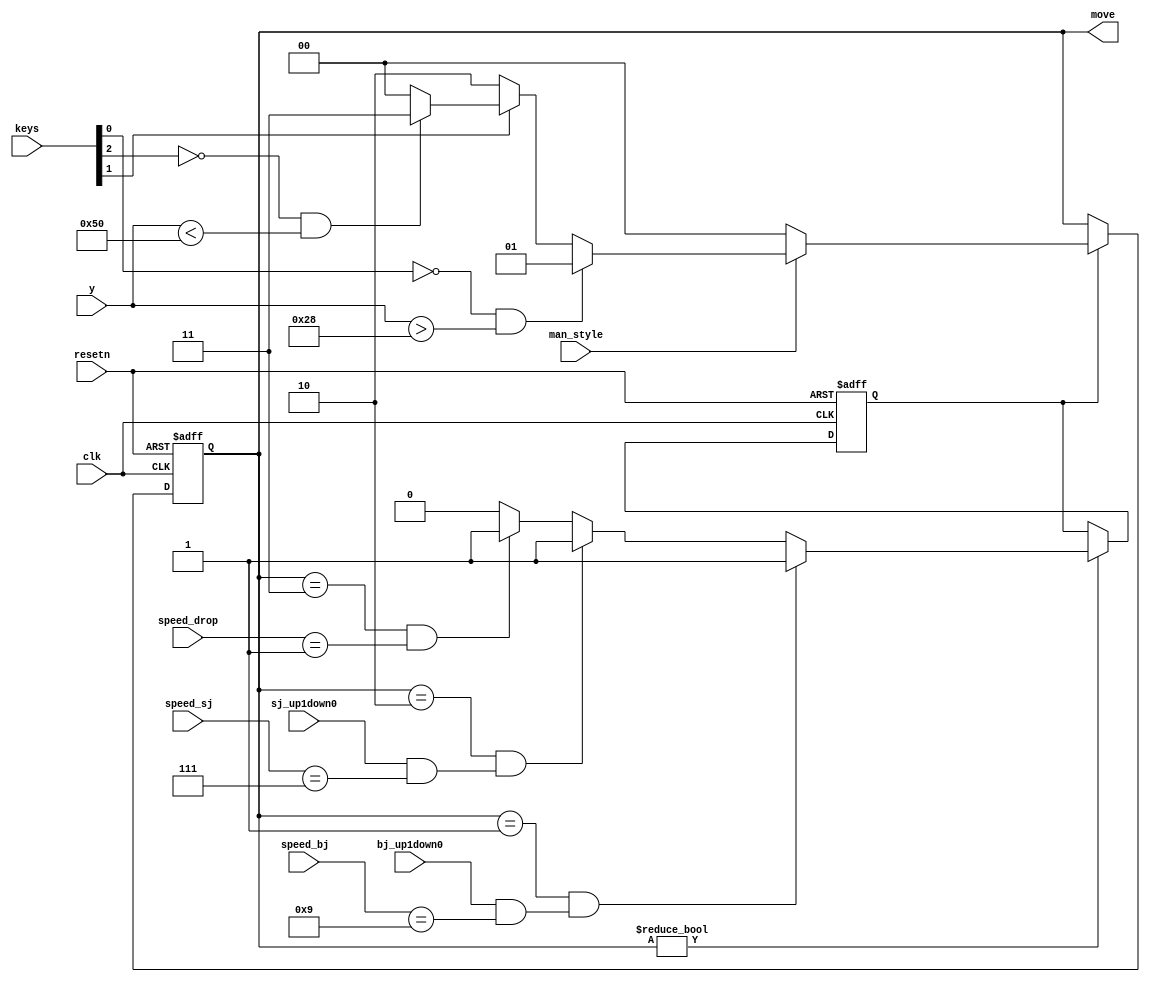
//////////////////////////////////////////////////////////////////////////////////////////////////////////////
///   move 00            nothing to do, just wait for commands.                                            ///
///        01            jump to the level above, +9 ,8,7,6,5,4,3 then -2                                  ///
///        10            jump,  +7,6,5,4,3,2,1 then -1,2,3,4,5,6,7                                         ///
///        11            drop to the level below, -1,2,3,4,6,7,8,9                                         ///
///                                                                                                        ///
///                                                                                                        ///
///                                                                                                        ///  
///                                                                                                        ///
//////////////////////////////////////////////////////////////////////////////////////////////////////////////


module decoder(input clk,
							input resetn,
							input [2:0] keys,
							input [6:0] y,
							input man_style,
							input bj_up1down0, sj_up1down0, 
							input [3:0] speed_bj,
						   input [3:0]	speed_sj,
							input [3:0] speed_drop,
							output reg [1:0] move);

			reg move_wait;
        always @(posedge clk, negedge resetn)
        begin
            if(!resetn)
                begin
                    move <= 2'b00;
                end
            else
                begin
                    if(move_wait)
                        begin
                            if(man_style) 
                                begin
                                    if(!keys[0] && y > 7'd40)
                                            begin
                                                move <= 2'b01;
                                            end
                                    else if(!keys[1])
                                            begin
                                                move <= 2'b10;
                                            end
                                    else if(!keys[2] && y < 7'd80)
                                            begin
                                                move <= 2'b11;
                                            end
												else
														begin
															move <= 2'b00;
														end
												
                                end
									else
											begin
												move <= 2'b00;
											end
                       end

                end
        end

		  
		  
        always @(posedge clk, negedge resetn)
        begin
            if(!resetn)
                begin
                    move_wait <= 1;
                end
				else if(move != 2'b00)
                begin
                            if(move == 2'b01 && ((bj_up1down0) && speed_bj == 4'd9))
                                begin
                                    move_wait <= 1;
                                end
                            else if(move == 2'b10 && ((sj_up1down0) && speed_sj == 4'd7))
                                begin
                                    move_wait <= 1;
                                end
                            else if((move == 2'b11) && (speed_drop == 4'd1))
                                 begin
                                    move_wait <= 1;
                                end
									else
											begin
												move_wait <= 0;
											end

									
                end
        end

endmodule



module yCounter(input [1:0] move,
						input update, resetn,
						output reg bj_up1down0, 
						output reg sj_up1down0, 
						output reg [3:0] speed_bj,
						output reg [3:0] speed_sj,
						output reg [3:0] speed_drop,
						output reg [6:0] y);
						
				always @(negedge resetn, posedge update)
            begin
                if(!resetn)
                    begin
                        speed_bj <= 4'd9;
                    end
                else if(move == 2'b01)
							if(speed_bj == 4'd2)
								begin
									speed_bj <= 4'd9;
								end
							else
								  begin
										speed_bj <= speed_bj - 1;
								  end
            end


            always @(negedge resetn, posedge update)
            begin
                if(!resetn)
                    begin
                        bj_up1down0 <= 1;
                    end
                else if((bj_up1down0 && speed_bj == 4'd3) || (!bj_up1down0 && speed_bj == 4'd2))
                    begin
                        bj_up1down0 <= !bj_up1down0;
                    end
            end

            always @(negedge resetn, posedge update)
            begin
                if(!resetn)
                    begin
                        speed_sj <= 4'd7;
                    end
                else if(move == 2'b10)
                    begin
                        if(sj_up1down0)
                            begin
											if(!(speed_sj == 4'd1))
												begin
													speed_sj <= speed_sj - 1;
												end
                            end
                        else
                            begin
											if(!(speed_sj == 4'd7))
												begin
													speed_sj <= speed_sj + 1;
												end
                            end
                    end
            end

            always @(negedge resetn, posedge update)
            begin
                if(!resetn)
                    begin
                        sj_up1down0 <= 1;
                    end
                else if((sj_up1down0 && speed_sj == 4'd1) || (!sj_up1down0 && speed_sj == 4'd7))
                    begin
                        sj_up1down0 <= !sj_up1down0;
                    end
            end


            always @(negedge resetn, posedge update)
            begin
                if(!resetn)
                    begin
                        speed_drop <= 4'd1;
                    end
                else if(move == 2'b11)
                    begin
                        if(speed_drop == 4'd4)
                            begin
                                speed_drop <= speed_drop + 2;
                            end
                        else if (speed_drop == 4'd9)
                            begin
                                speed_drop <= 4'd1;
                            end
                        else
                            begin
                                speed_drop <= speed_drop + 1;
                            end
                    end
            end

            always @(negedge resetn, posedge update)
            begin
					if(!resetn)
						 begin
							  y <= 7'd108;
						 end
					else
						 begin
							  if(move == 2'b01)
									begin
										 if(bj_up1down0)
											  begin
													y <= y - speed_bj; 
											  end
										 else
											  begin
													y <= y + speed_bj; 
											  end	          
									end
							  else if(move == 2'b10)
									begin
										 if(sj_up1down0)
											  begin
													y <= y - speed_sj; 
											  end
										 else
											  begin
													y <= y + speed_sj; 
											  end
									end
							  else if(move == 2'b11)
									begin
										 y <= y + speed_drop;
									end
					end
				end
					
						
endmodule

module yBox(input [2:0] keys,
				input resetn,
				input clk, update, man_style,
				output [6:0] y
				);
		
		wire bj_up1down0, sj_up1down0;
		wire [3:0] speed_bj;
		wire [3:0] speed_sj;
		wire [3:0] speed_drop;
		wire [1:0] move;

		decoder i0(.clk(clk), 
						.resetn(resetn), 
						.keys(keys),
						.y(y),
						.man_style(man_style), 
						.bj_up1down0(bj_up1down0), 
						.sj_up1down0(sj_up1down0), 
						.speed_bj(speed_bj), 
						.speed_sj(speed_sj), 
						.speed_drop(speed_drop), 
						.move(move)
						);
		
		
		yCounter y0(.move(move), 
						.update(update), 
						.resetn(resetn), 
						.bj_up1down0(bj_up1down0), 
						.sj_up1down0(sj_up1down0), 
						.speed_bj(speed_bj), 
						.speed_sj(speed_sj), 
						.speed_drop(speed_drop), 
						.y(y)
						);



endmodule

//module Box(input [2:0] keys,
//            input update,
//            input clk,
//            input resetn,
//			input man_style,
//            output reg [6:0] y);
//
//        reg [1:0] move; 
// 
//        reg [3:0] speed_bj;
//        reg [3:0] speed_sj;
//        reg [3:0] speed_drop;
//        reg sj_up1down0;
//        reg bj_up1down0;
//        reg move_wait;
//        reg move_over;
//        always @(posedge clk, negedge resetn)
//        begin
//            if(!resetn)
//                begin
//                    move <= 2'b00;
//                end
//            else
//                begin
//                    if(move_wait)
//                        begin
//                            if(man_style) 
//                                begin
//                                    if(!keys[0] && y > 7'd40)
//                                            begin
//                                                move <= 2'b01;
//                                            end
//                                    else if(!keys[1])
//                                            begin
//                                                move <= 2'b10;
//                                            end
//                                    else if(!keys[2] && y < 7'd80)
//                                            begin
//                                                move <= 2'b11;
//                                            end
//												else
//														begin
//															move <= 2'b00;
//														end
//												
//                                end
//										else
//											begin
//												move <= 2'b00;
//											end
//                        end
//
//                end
//        end
//
//        always @(posedge clk, negedge resetn)
//        begin
//            if(!resetn)
//                begin
//                    move_wait <= 1;
//                end
//				else if(move != 2'b00)
//                begin
//                            if(move == 2'b01 && ((bj_up1down0) && speed_bj == 4'd9))
//                                begin
//                                    move_wait <= 1;
//                                end
//                            else if(move == 2'b10 && ((sj_up1down0) && speed_sj == 4'd7))
//                                begin
//                                    move_wait <= 1;
//                                end
//                            else if((move == 2'b11) && (speed_drop == 4'd1))
//                                 begin
//                                    move_wait <= 1;
//                                end
//									else
//											begin
//												move_wait <= 0;
//											end
//
//									
//                end
//        end
//
//
//
//            always @(negedge resetn, posedge update)
//            begin
//                if(!resetn)
//                    begin
//                        speed_bj <= 4'd9;
//                    end
//                else if(move == 2'b01)
//							if(speed_bj == 4'd2)
//								begin
//									speed_bj <= 4'd9;
//								end
//							else
//								  begin
//										speed_bj <= speed_bj - 1;
//								  end
//            end
//
//
//            always @(negedge resetn, posedge update)
//            begin
//                if(!resetn)
//                    begin
//                        bj_up1down0 <= 1;
//                    end
//                else if((bj_up1down0 && speed_bj == 4'd3) || (!bj_up1down0 && speed_bj == 4'd2))
//                    begin
//                        bj_up1down0 <= !bj_up1down0;
//                    end
//            end
//
//            always @(negedge resetn, posedge update)
//            begin
//                if(!resetn)
//                    begin
//                        speed_sj <= 4'd7;
//                    end
//                else if(move == 2'b10)
//                    begin
//                        if(sj_up1down0)
//                            begin
//											if(!(speed_sj == 4'd1))
//												begin
//													speed_sj <= speed_sj - 1;
//												end
//                            end
//                        else
//                            begin
//											if(!(speed_sj == 4'd7))
//												begin
//													speed_sj <= speed_sj + 1;
//												end
//                            end
//                    end
//            end
//
//            always @(negedge resetn, posedge update)
//            begin
//                if(!resetn)
//                    begin
//                        sj_up1down0 <= 1;
//                    end
//                else if((sj_up1down0 && speed_sj == 4'd1) || (!sj_up1down0 && speed_sj == 4'd7))
//                    begin
//                        sj_up1down0 <= !sj_up1down0;
//                    end
//            end
//
//
//            always @(negedge resetn, posedge update)
//            begin
//                if(!resetn)
//                    begin
//                        speed_drop <= 4'd1;
//                    end
//                else if(move == 2'b11)
//                    begin
//                        if(speed_drop == 4'd4)
//                            begin
//                                speed_drop <= speed_drop + 2;
//                            end
//                        else if (speed_drop == 4'd9)
//                            begin
//                                speed_drop <= 4'd1;
//                            end
//                        else
//                            begin
//                                speed_drop <= speed_drop + 1;
//                            end
//                    end
//            end
//
//            always @(negedge resetn, posedge update)
//            begin
//                        if(!resetn)
//                            begin
//                                y <= 7'd108;
//                            end
//                        else
//                            begin
//                                if(move == 2'b01)
//                                    begin
//                                        if(bj_up1down0)
//                                            begin
//                                                y <= y - speed_bj; 
//                                            end
//                                        else
//                                            begin
//                                                y <= y + speed_bj; 
//                                            end	          
//                                    end
//                                else if(move == 2'b10)
//                                    begin
//                                        if(sj_up1down0)
//                                            begin
//                                                y <= y - speed_sj; 
//                                            end
//                                        else
//                                            begin
//                                                y <= y + speed_sj; 
//                                            end
//                                    end
//                                else if(move == 2'b11)
//                                    begin
//                                        y <= y + speed_drop;
//                                    end
//                            end
//            end
//endmodule